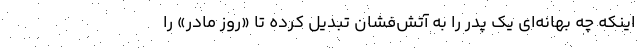
اینکه چه بهانه‌ای یک پدر را به آتش‌فشان تبدیل کرده تا «روز مادر» را